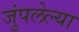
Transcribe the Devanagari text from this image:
जुंपलेल्या